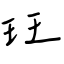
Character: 玨